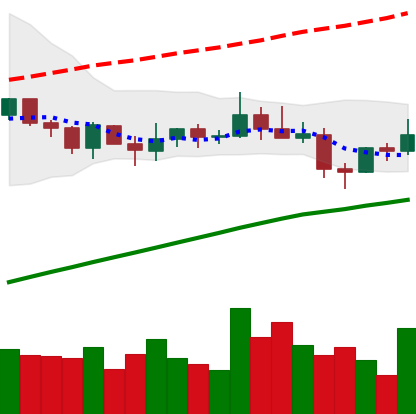
Ticker: XLM-USD
Chart end date: 2021-03-28
Forward return: 11.83%
Label: up_7plus